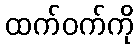
ထက်ဝက်ကို